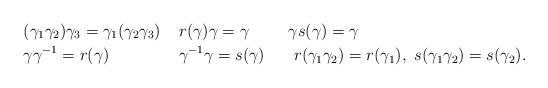
\begin{align*} & (\gamma_1\gamma_2)\gamma_3= \gamma_1(\gamma_2\gamma_3) & & r(\gamma)\gamma=\gamma & & \gamma s(\gamma)=\gamma \\ & \gamma\gamma^{-1} = r(\gamma) & & \gamma^{-1} \gamma= s(\gamma)\ & & \ r(\gamma_1\gamma_2)=r(\gamma_1),\ s(\gamma_1\gamma_2)=s(\gamma_2) . \end{align*}